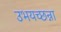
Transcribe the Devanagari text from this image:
उभयच्छन्ना